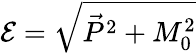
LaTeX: {\cal E}=\sqrt{\vec{P}^{2}+M_{0}^{2}}